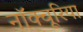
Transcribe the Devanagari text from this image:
नॉक्चूरिया